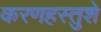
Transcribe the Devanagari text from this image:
करणहस्तुशे